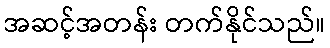
အဆင့်အတန်း တက်နိုင်သည်။